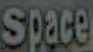
Space